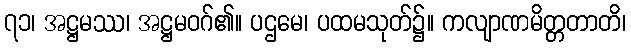
၇၁၊ အဋ္ဌမဿ၊ အဋ္ဌမဝဂ်၏။ ပဌမေ၊ ပထမသုတ်၌။ ကလျာဏမိတ္တတာတိ၊